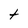
Character: t